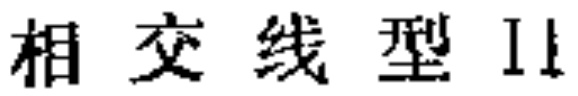
相交线型II